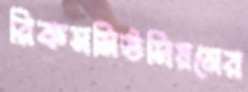
রিকসমিউসিয়মের